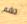
تشم